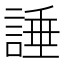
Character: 諈